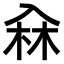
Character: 𠓭